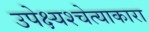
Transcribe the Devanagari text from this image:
उपेक्ष्यश्चेत्याकारा